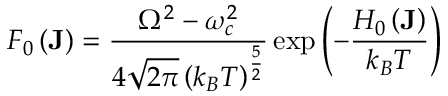
F _ { 0 } \left( \mathbf { J } \right) = \frac { \Omega ^ { 2 } - \omega _ { c } ^ { 2 } } { 4 \sqrt { 2 \pi } \left( k _ { B } T \right) ^ { \frac { 5 } { 2 } } } \exp \left( - \frac { H _ { 0 } \left( \mathbf { J } \right) } { k _ { B } T } \right)